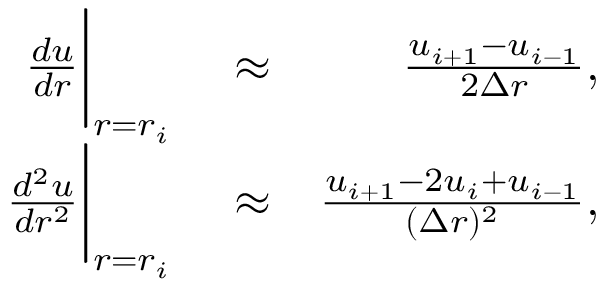
\begin{array} { r l r } { \frac { d u } { d r } \bigg | _ { r = r _ { i } } } & { { } \approx } & { \frac { u _ { i + 1 } - u _ { i - 1 } } { 2 \Delta r } , } \\ { \frac { d ^ { 2 } u } { d r ^ { 2 } } \bigg | _ { r = r _ { i } } } & { { } \approx } & { \frac { u _ { i + 1 } - 2 u _ { i } + u _ { i - 1 } } { ( \Delta r ) ^ { 2 } } , } \end{array}